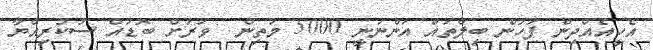
އެހީއެއްދިން ފަހުން ބިލްތައް އަންނަނީ 5000 މަތިން  ވަރަށް ބޮޑައް ސުކުރިއްޔާ